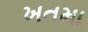
ખતમા